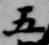
五